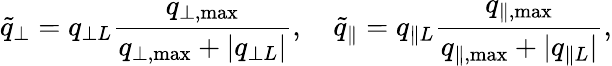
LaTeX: \widetilde{q}_{\perp}=q_{\perp{L}}\frac{q_{\perp,\mathrm{max}}}{q_{\perp,\mathrm{max}}+|q_{\perp{L}}|},\quad\widetilde{q}_{\| }=q_{\| {L}}\frac{q_{\| ,\mathrm{max}}}{q_{\| ,\mathrm{max}}+|q_{\| {L}}|},